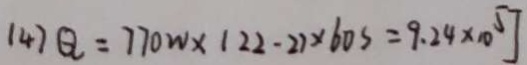
( 4 ) Q = 7 7 0 w \times ( 2 2 - 2 ) \times 6 0 s = 9 . 2 4 \times 1 0 ^ { 5 } J